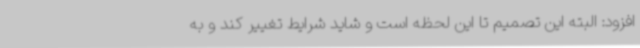
افزود: البته این تصمیم تا این لحظه است و شاید شرایط تغییر کند و به